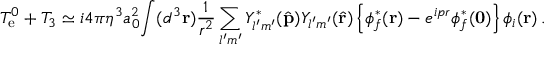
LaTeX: T _ { \mathrm { e } } ^ { 0 } + T _ { 3 } \simeq i 4 \pi \eta ^ { 3 } a _ { 0 } ^ { 2 } \! \int ( d ^ { 3 } { \bf r } ) { \frac { 1 } { r ^ { 2 } } } \sum _ { l ^ { \prime } m ^ { \prime } } Y _ { l ^ { \prime } m ^ { \prime } } ^ { * } ( \hat { \bf p } ) Y _ { l ^ { \prime } m ^ { \prime } } ( \hat { \bf r } ) \left\{ \phi _ { f } ^ { * } ( { \bf r } ) - e ^ { i p r } \phi _ { f } ^ { * } ( { \bf 0 } ) \right\} \phi _ { i } ( { \bf r } ) \, .